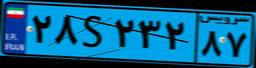
۲۸S۲۳۲۸۷